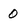
Character: 0